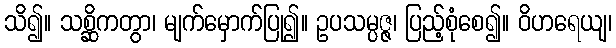
သိ၍။ သစ္ဆိကတွာ၊ မျက်မှောက်ပြု၍။ ဥပသမ္ပဇ္ဇ၊ ပြည့်စုံစေ၍။ ဝိဟရေယျ၊